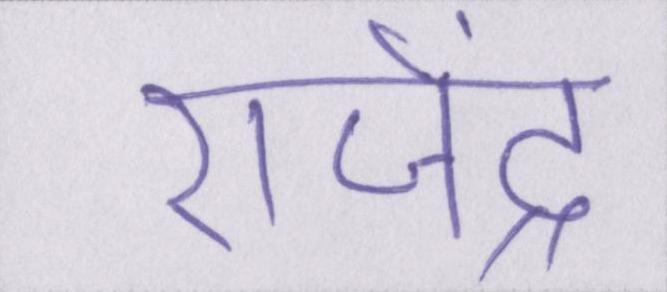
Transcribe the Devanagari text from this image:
राजेंद्र